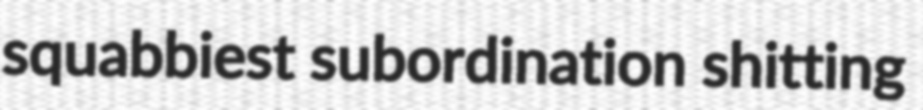
squabbiest subordination shitting